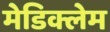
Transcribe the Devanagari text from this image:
मेडिक्लेम